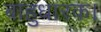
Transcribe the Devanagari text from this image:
बाहुधारक।